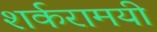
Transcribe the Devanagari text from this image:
शर्करामयी